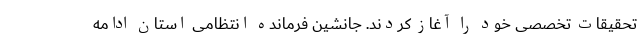
تحقیقات تخصصی خود را آغاز کردند. جانشین فرمانده انتظامی استان ادامه